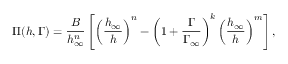
\Pi ( h , \Gamma ) = \frac { B } { h _ { \infty } ^ { n } } \left[ \left( \frac { h _ { \infty } } { h } \right) ^ { n } - \left( 1 + \frac { \Gamma } { \Gamma _ { \infty } } \right) ^ { k } \left( \frac { h _ { \infty } } { h } \right) ^ { m } \right] ,